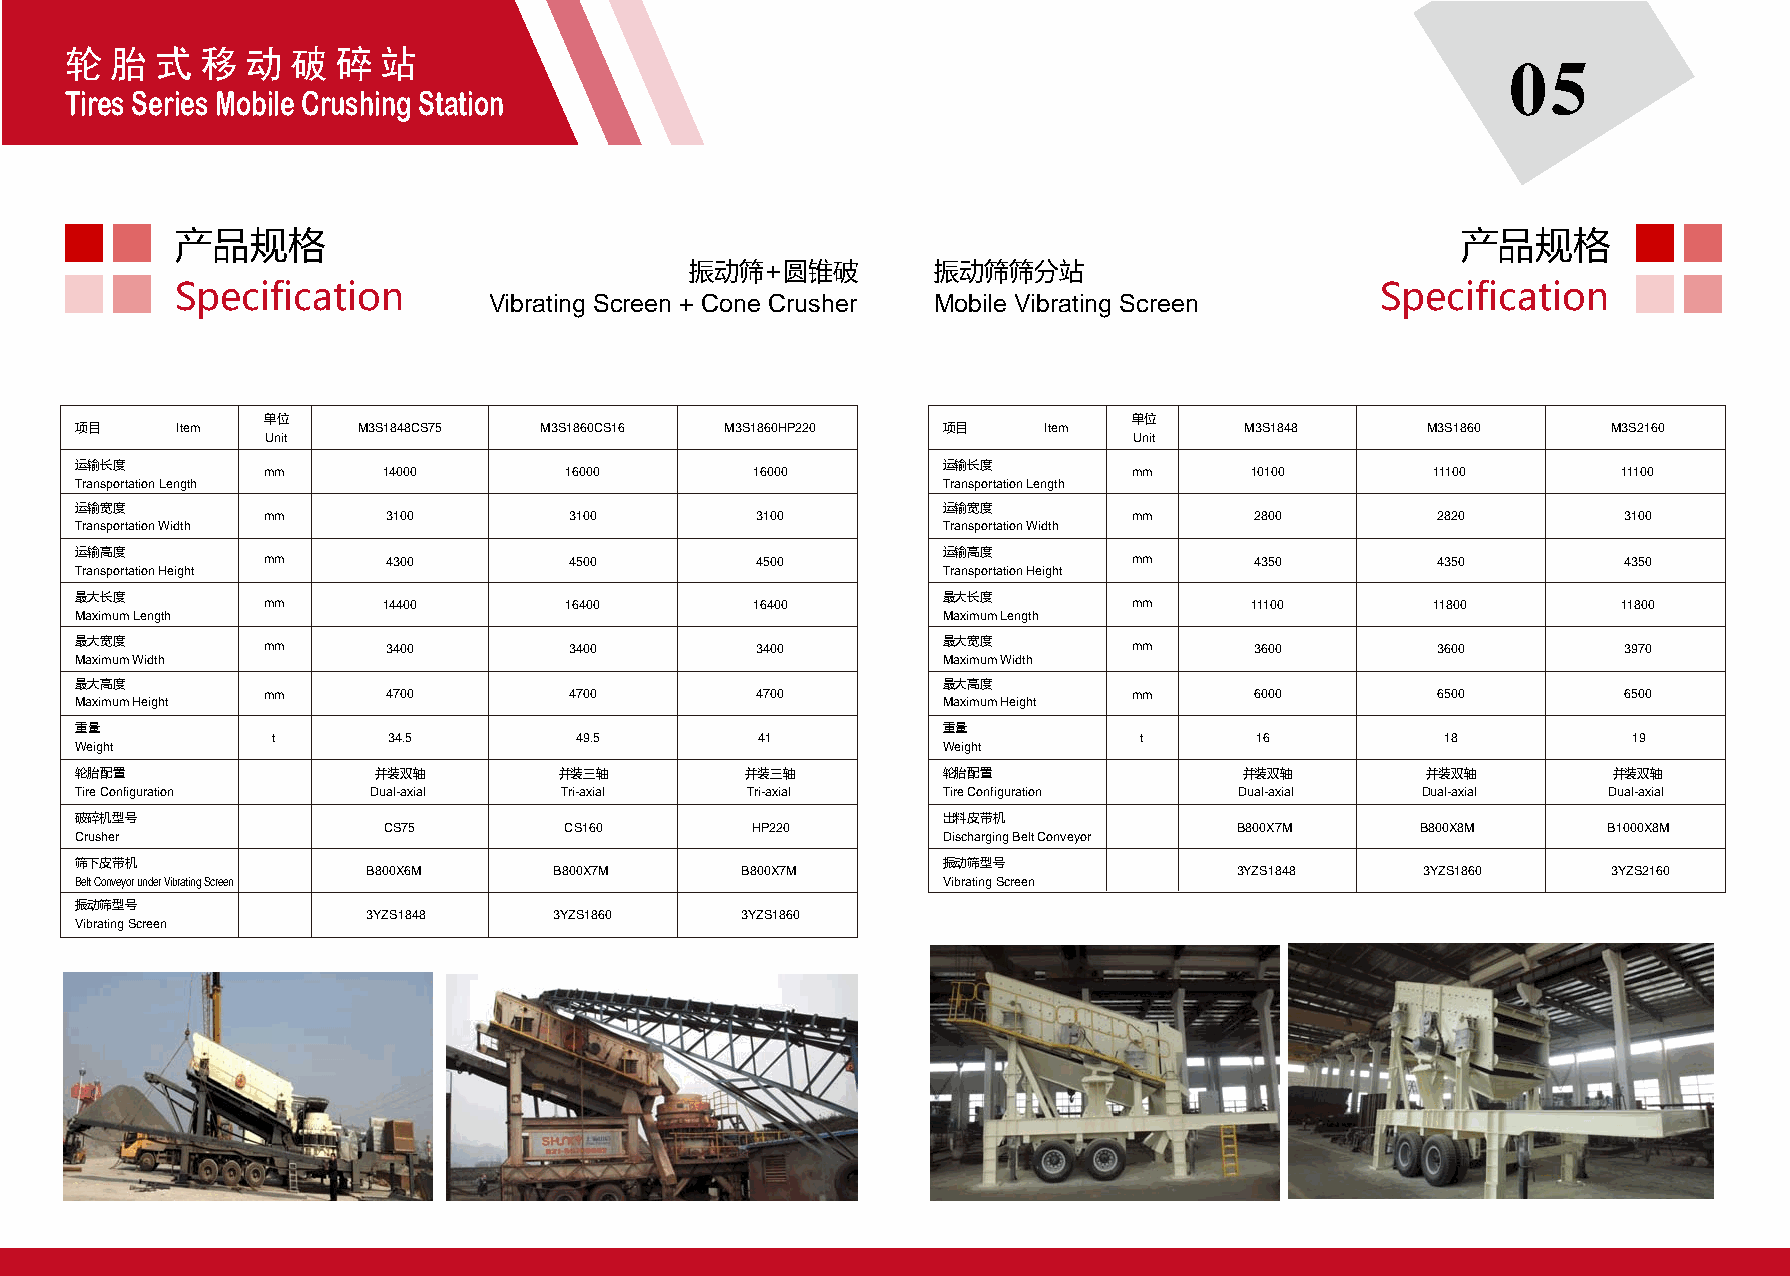
轮  胎  式  移  动  破  碎  站
 05
 Tires Series Mobile Crushing Station
 产品规格                                                                                 产品规格
 振动筛+圆锥破         振动筛筛分站
 Specification                                                                  Specification
 Vibrating Screen + Cone Crusher Mobile Vibrating Screen
 单位                                                        单位
 项目     Item        M3S1848CS75 M3S1860CS16 M3S1860HP220  项目     Item         M3S1848     M3S1860      M3S2160
 Unit                                                     Unit
 运输长度                                                     运输长度
 mm      14000       16000        16000                    mm      10100       11100       11100
 Transportation Length                                    Transportation Length
 运输宽度                                                     运输宽度
 mm       3100        3100        3100                     mm      2800        2820        3100
 Transportation Width                                     Transportation Width
 运输高度                                                     运输高度
 mm       4300        4500        4500                     mm      4350        4350        4350
 Transportation Height                                    Transportation Height
 最大长度                                                     最大长度
 mm      14400       16400        16400                    mm      11100       11800       11800
 Maximum Length                                           Maximum Length
 最大宽度        mm       3400        3400        3400        最大宽度         mm      3600        3600        3970
 Maximum Width                                            Maximum Width
 最大高度                                                     最大高度
 mm       4700        4700        4700                     mm      6000        6500        6500
 Maximum Height                                           Maximum Height
 重量                                                       重量
 t       34.5        49.5        41                       t       16           18          19
 Weight                                                   Weight
 轮胎配置                并装双轴        并装三轴        并装三轴         轮胎配置                并装双轴        并装双轴         并装双轴
 Tire Configuration  Dual-axial  Tri-axial   Tri-axial    Tire Configuration  Dual-axial  Dual-axial  Dual-axial
 破碎机型号                                                    出料皮带机
 CS75        CS160        HP220                           B800X7M     B800X8M     B1000X8M
 Crusher                                                  Discharging Belt Conveyor
 筛下皮带机                                                    振动筛型号
 B800X6M      B800X7M     B800X7M                          3YZS1848    3YZS1860     3YZS2160
 Belt Conveyor under Vibrating Screen                     Vibrating Screen
 振动筛型号
 3YZS1848     3YZS1860    3YZS1860
 Vibrating Screen